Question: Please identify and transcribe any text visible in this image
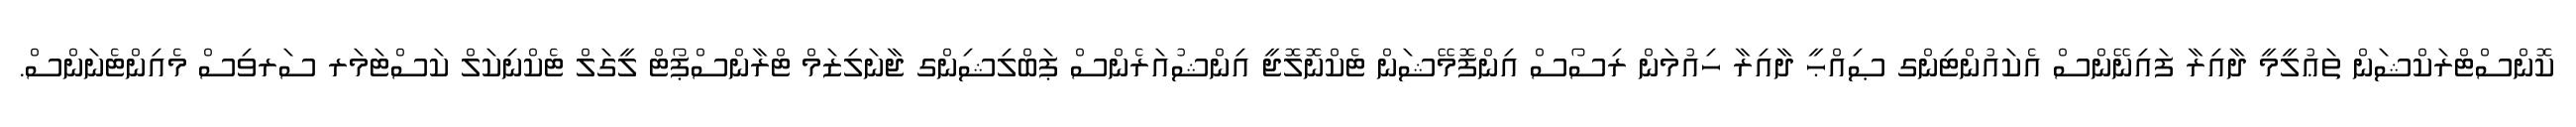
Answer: ކޮންސްޓްރަކްޝަން ތަޢުލީމީ ދާއިރާ ފައިނޭންސް އެކައުންޓިންގ ޞިއްޙީ ދާއިރާ ހިއުމަން ރިސޯސް އިންފޮމޭޝަން ޓެކްނޮލޮޖީ އިންޝުއަރެންސް ޕަބްލިޝިންގ ޖާނަލިޒަމް ޓްރާންސްޕޯޓް ލީގަލް ޓެކްނިކަލް ކަސްޓަމަރ ސަރވިސް މެއިންޓެނަންސް.